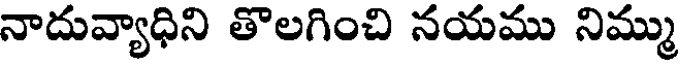
నాదువ్యాధిని తొలగించి నయము నిమ్ము